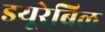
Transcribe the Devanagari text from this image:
डयूरेबिल